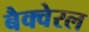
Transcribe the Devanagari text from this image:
बैक्वेरल